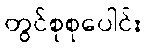
တွင်စုစုပေါင်း